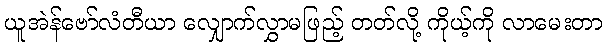
ယူအဲန်ဗော်လံတီယာ လျှောက်လွှာမဖြည့် တတ်လို့ ကိုယ့်ကို လာမေးတာ